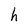
Character: h